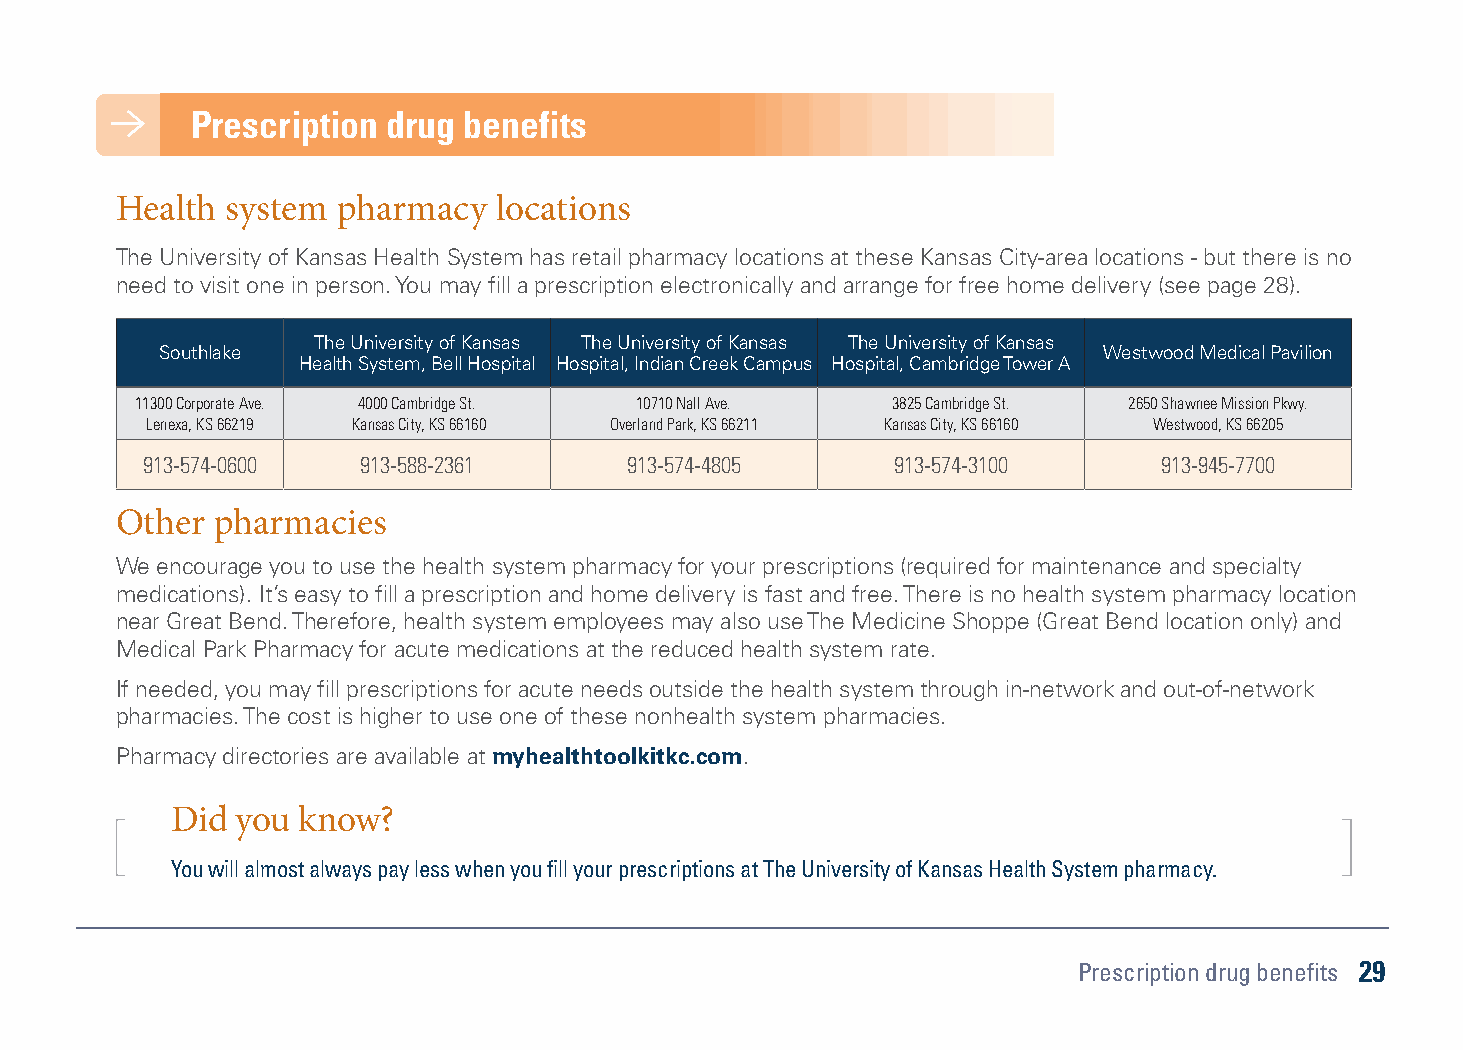
Prescription drug benefits
 Health system pharmacy   locations
 The University of Kansas Health System has retail pharmacy locations at these Kansas City-area locations - but there is no
 need to visit one in person. You may fill a prescription electronically and arrange for free home delivery (see page 28).
 The University of Kansas The University of Kansas The University of Kansas
 Southlake                                                     Westwood Medical Pavilion
 Health System, Bell Hospital Hospital, Indian Creek Campus Hospital, Cambridge Tower A
 11300 Corporate Ave. 4000 Cambridge St. 10710 Nall Ave. 3825 Cambridge St. 2650 Shawnee Mission Pkwy.
 Lenexa, KS 66219 Kansas City, KS 66160 Overland Park, KS 66211 Kansas City, KS 66160 Westwood, KS 66205
 913-574-0600   913-588-2361     913-574-4805      913-574-3100      913-945-7700
 Other pharmacies
 We encourage you to use the health system pharmacy for your prescriptions (required for maintenance and specialty
 medications). It’s easy to fill a prescription and home delivery is fast and free. There is no health system pharmacy location
 near Great Bend. Therefore, health system employees may also use The Medicine Shoppe (Great Bend location only) and
 Medical Park Pharmacy for acute medications at the reduced health system rate.
 If needed, you may fill prescriptions for acute needs outside the health system through in-network and out-of-network
 pharmacies. The cost is higher to use one of these nonhealth system pharmacies.
 Pharmacy directories are available at myhealthtoolkitkc.com.
 Did  you know?
 You will almost always pay less when you fill your prescriptions at The University of Kansas Health System pharmacy.
 Prescription drug benefits 29